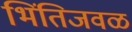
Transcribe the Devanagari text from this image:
भिंतिजवळ